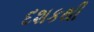
દશકથી